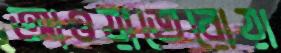
আওয়াতেরোয়া